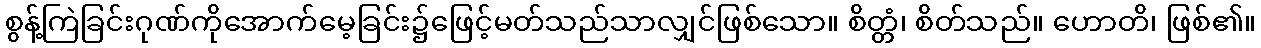
စွန့်ကြဲခြင်းဂုဏ်ကိုအောက်မေ့ခြင်း၌ဖြေင့်မတ်သည်သာလျှင်ဖြစ်သော။ စိတ္တံ၊ စိတ်သည်။ ဟောတိ၊ ဖြစ်၏။